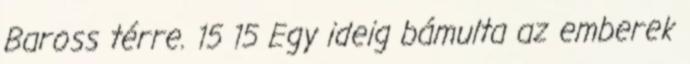
Baross térre. 15 15 Egy ideig bámulta az emberek